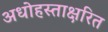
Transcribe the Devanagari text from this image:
अधोहस्ताक्षरित